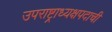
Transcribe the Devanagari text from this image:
उपराष्ट्राध्यक्षपदाची